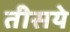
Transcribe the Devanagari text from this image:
तीसये